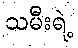
သမီးရဲ့